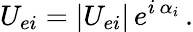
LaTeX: U_{ei}=|U_{ei}|\, e^{i\, \alpha_{i}}\, .